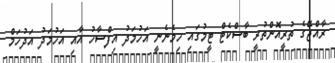
ރާއްޖޭގެ ތުރީއޮންތުރީ ބާސްކެޓް ޓީމުގައި ހިމެނެނީ އަހުމަދު އިފްސާހު އާއި އަހުމަދު އަދުހަމް